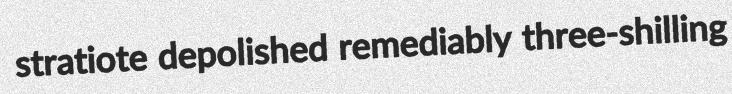
stratiote depolished remediably three-shilling